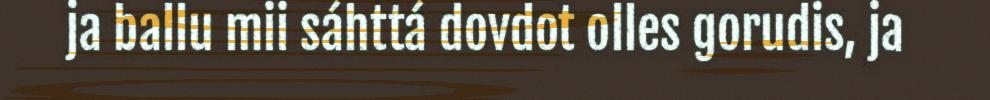
ja ballu mii sáhttá dovdot olles gorudis, ja